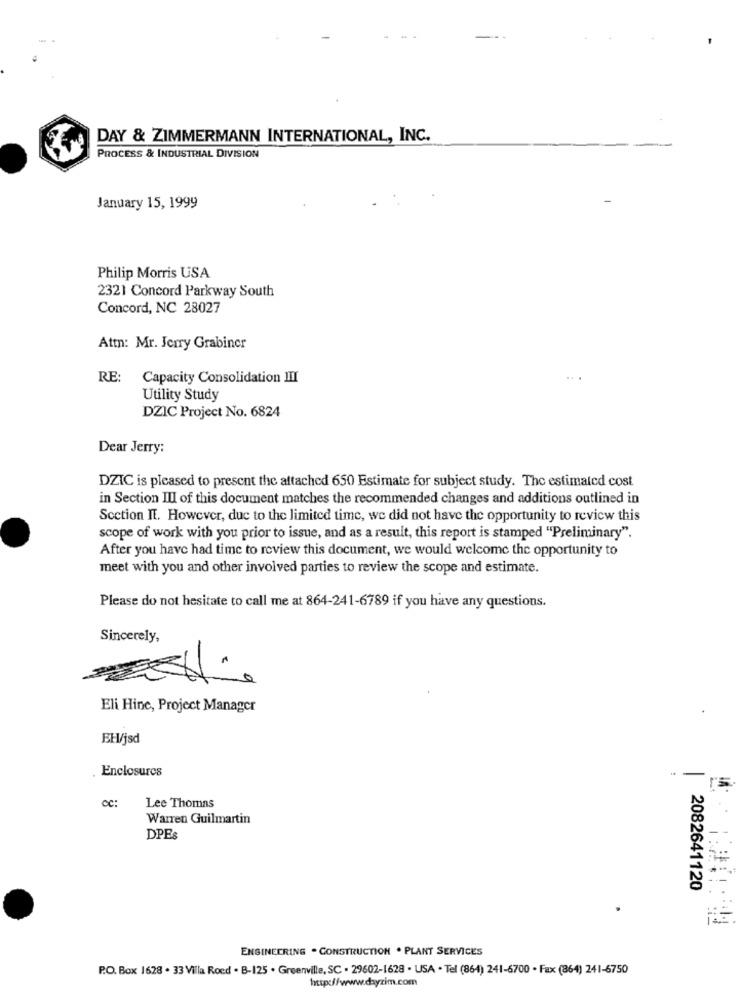
DAY & ZIMMERMANN INTERNATIONAL, INC.
PROCESS & INDUSTRIAL DIVISION
January 15, 1999
Philip Morris USA
2321 Concord Parkway South
Concord, NC 28027
Attn: Mr. Jerry Grabiner
RE:
Capacity Consolidation IIII
Utility Study
DZIC Project No. 6824
Dear Jerry:
DZIC is pleased to present the attached 650 Estimate for subject study. The estimated cost
in Section III of this document matches the recommended changes and additions outlined in
Section IT. However, due to the limited time, we did not have the opportunity to review this
scope of work with you prior to issue, and as a result, this report is stamped "Preliminary".
After you have had time to review this document, we would welcome the opportunity to
meet with you and other involved parties to review the scope and estimate.
Please do not hesitate to call me at 864-241-6789 if you have any questions.
Sincerely,
Eli Hine, Project Manager
EH/jsd
Enclosures
CC:
Lee Thomas
Warren Guilmartin
DPEs
2082641120
ENGINEERING . CONSTRUCTION . PLANT SERVICES
P.O. Box 1628 . 33 Villa Roed . B-125 . Greenville, SC . 29602-1628 . USA . Tel (864) 241-6700 - Fax (864) 241-6750
http://www.dayzim.com